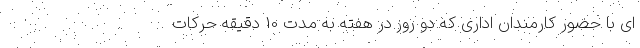
ای با حضور کارمندان اداری که دو روز در هفته به مدت 10 دقیقه حرکات